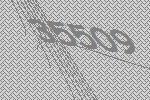
35509